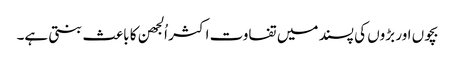
بچوں اور بڑوں کی پسند میں تفاوت اکثر اُلجھن کا باعث بنتی ہے۔